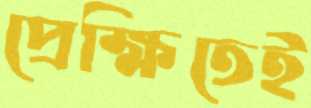
প্রেক্ষিতেই